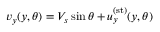
{ v } _ { y } ( y , \theta ) = V _ { s } \sin \theta + { u } _ { y } ^ { ( \mathrm { s t } ) } ( y , \theta )